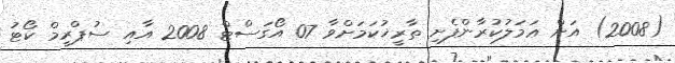
(2008) އަށް ޢަމަލުކުރާންފެށި ތާރީޚުކަމަށްވާ 07 އޯގަސްޓް 2008 އާއި ސުޕްރީމް ކޯޓު